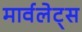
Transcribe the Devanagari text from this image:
मार्वलेट्स